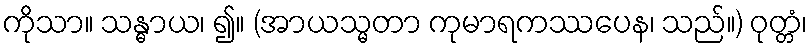
ကိုသာ။ သန္ဓာယ၊ ၍။ (အာယသ္မတာ ကုမာရကဿပေန၊ သည်။) ဝုတ္တံ၊